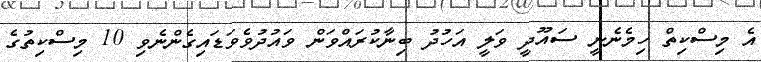
އެ މިސްކިތް ހިމެނެނީ ސައޫދީ ވަލީ އަހުދު ބިނާކުރައްވަން ވައުދުވެވަޑައިގެންނެވި 10 މިސްކިތުގެ